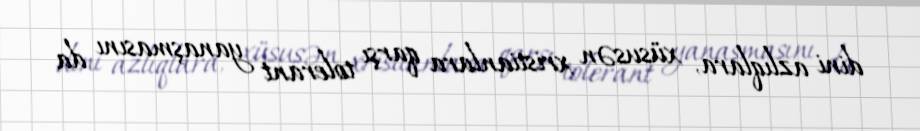
dini azlıqlara, xüsusən xristianlara qarşı tolerant yanaşmasını da